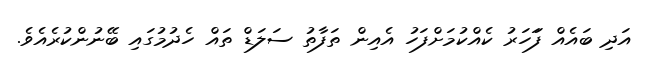
އަދި ބައެއް ފަަހަރު ކެއްކުމަށްފަހު އެއިން ތަފާތު ސަލަޑް ތައް ހެދުމުގައި ބޭނުންކުރެެއެވެ.